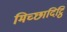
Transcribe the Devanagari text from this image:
मिच्छादिट्ठि